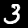
Digit: 3